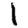
Digit: 1